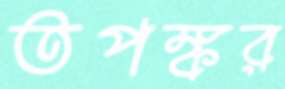
তপঙ্কর